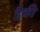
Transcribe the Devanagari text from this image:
हैकी